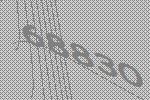
68830